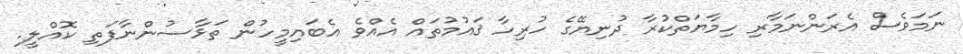
ނަމަވެސް އެރަންނަމާރި ހިމާޔަތްކުރާ ދުނިޔޭގެ ހުރިހާ ޤައުމުތައް އެއްވެ އެބައިމީހުން ތަޅާސުންނާފަތި ކޮއްލީ.